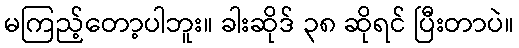
မကြည့်တော့ပါဘူး။ ခါးဆိုဒ် ၃၈ ဆိုရင် ပြီးတာပဲ။